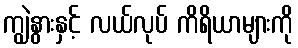
ကျွဲနွားနှင့် လယ်လုပ် ကိရိယာများကို